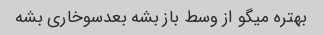
بهتره میگو از وسط باز بشه بعدسوخاری بشه